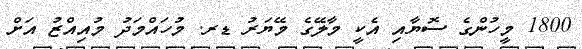
1800 މީހުންގެ ސޮޔާއި އެކީ މާލޭގެ މޭޔަރު ޑރ. މުހައްމަދު މުއިއްޒު އަށް